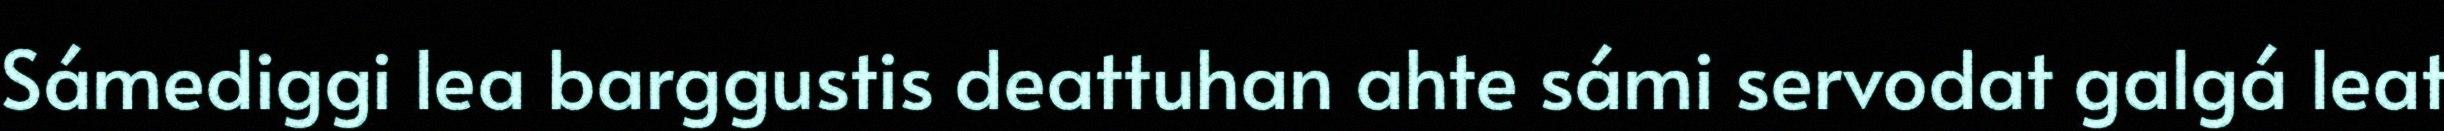
Sámediggi lea barggustis deattuhan ahte sámi servodat galgá leat